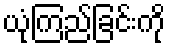
ယုံကြည်ခြင်းကို